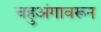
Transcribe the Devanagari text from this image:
चहुअंगावरून